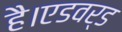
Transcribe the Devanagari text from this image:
है।एडवर्ड